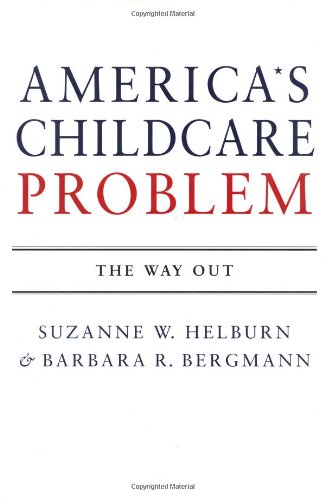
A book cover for America's Child Care Problem: The Way Out; Barbara R. Bergmann; Parenting & Relationships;